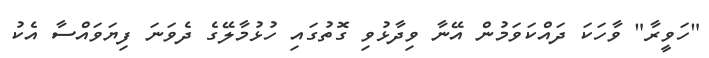
"ހަވީރާ" ވާހަކަ ދައްކަވަމުން އޭނާ ވިދާޅުވި ގޮތުގައި ހުޅުމާލޭގެ ދެވަނަ ފިޔަވައްސާ އެކު